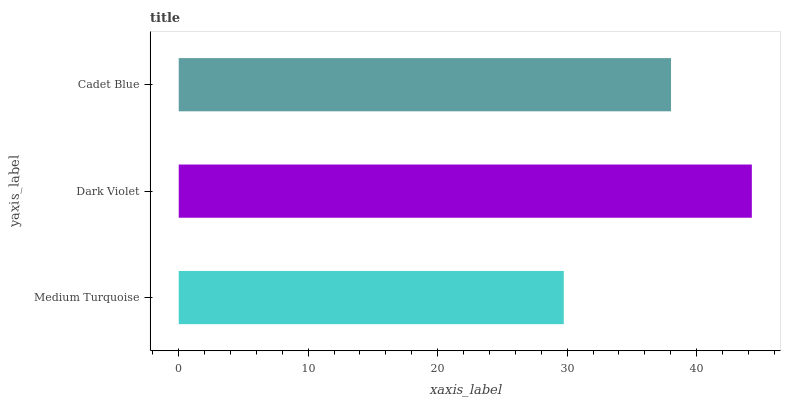
| yaxis_label | bars |
 | --- | --- |
 | Medium Turquoise | 29.7 |
 | Dark Violet | 44.3 |
 | Cadet Blue | 38 |